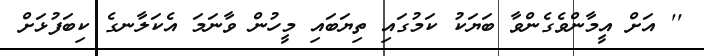
'' އަށް އީމާންވެގެންވާ ބަޔަކު ކަމުގައި ތިޔަބައި މީހުން ވާނަމަ އެކަލާނގެ ކިބަފުޅަށް